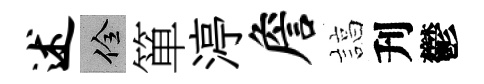
述佺箪渟詹諄刋鬱